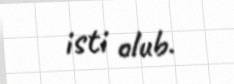
isti olub.